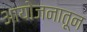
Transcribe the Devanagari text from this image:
आयोजनातून